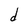
Character: d